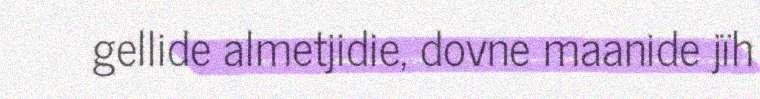
gellide almetjidie, dovne maanide jïh